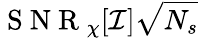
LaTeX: \mathrm{~S~N~R~}_{\chi}[\mathcal{I}]\sqrt{N_{s}}